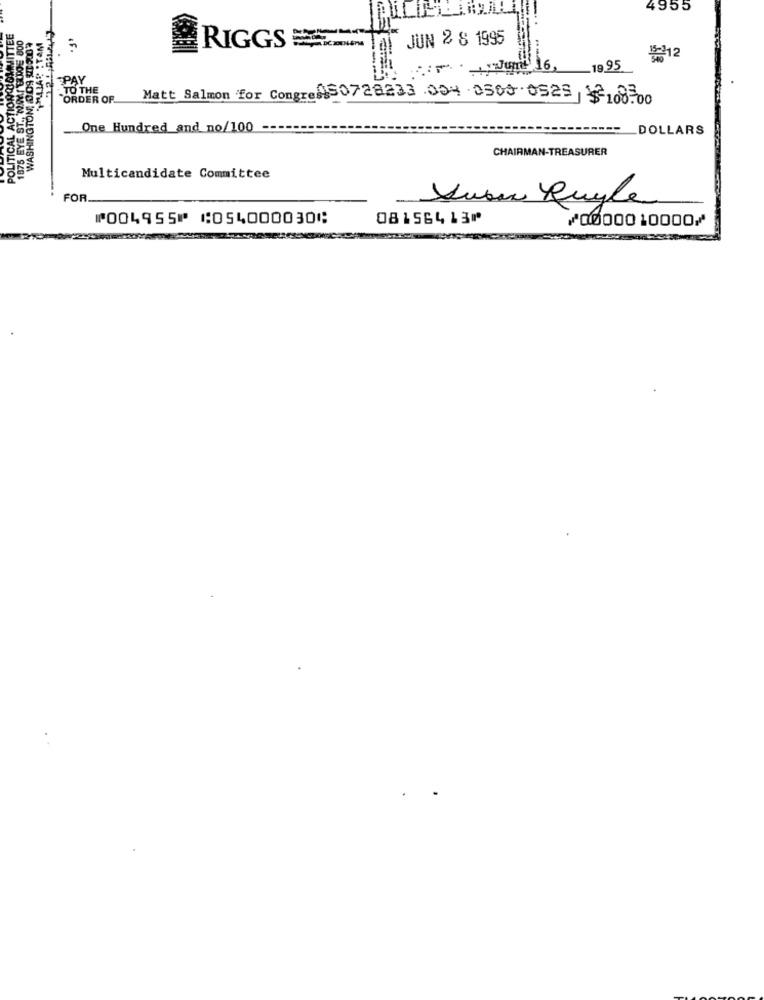
4955
POLITICAL ACTIONCOMMITTEE
MILLAR :TAM
JUN 2 S 1995
RIGGS
3-12
1875 EYE ST. NOWY ERT
16,
19 95
PAY
WASHINGTON
-TO THE
"ORDER OF.
Matt Salmon for Congre !! 0728233 004 250 0525 108700
One Hundred and no/100
DOLLARS
CHAIRMAN-TREASURER
Multicandidate Committee
FOR.
Susan Boyle
⑈004955⑈ ⑆054000030⑆
08156413⑈
⑇0000010000⑇